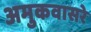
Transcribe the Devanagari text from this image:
अमुकवासरे